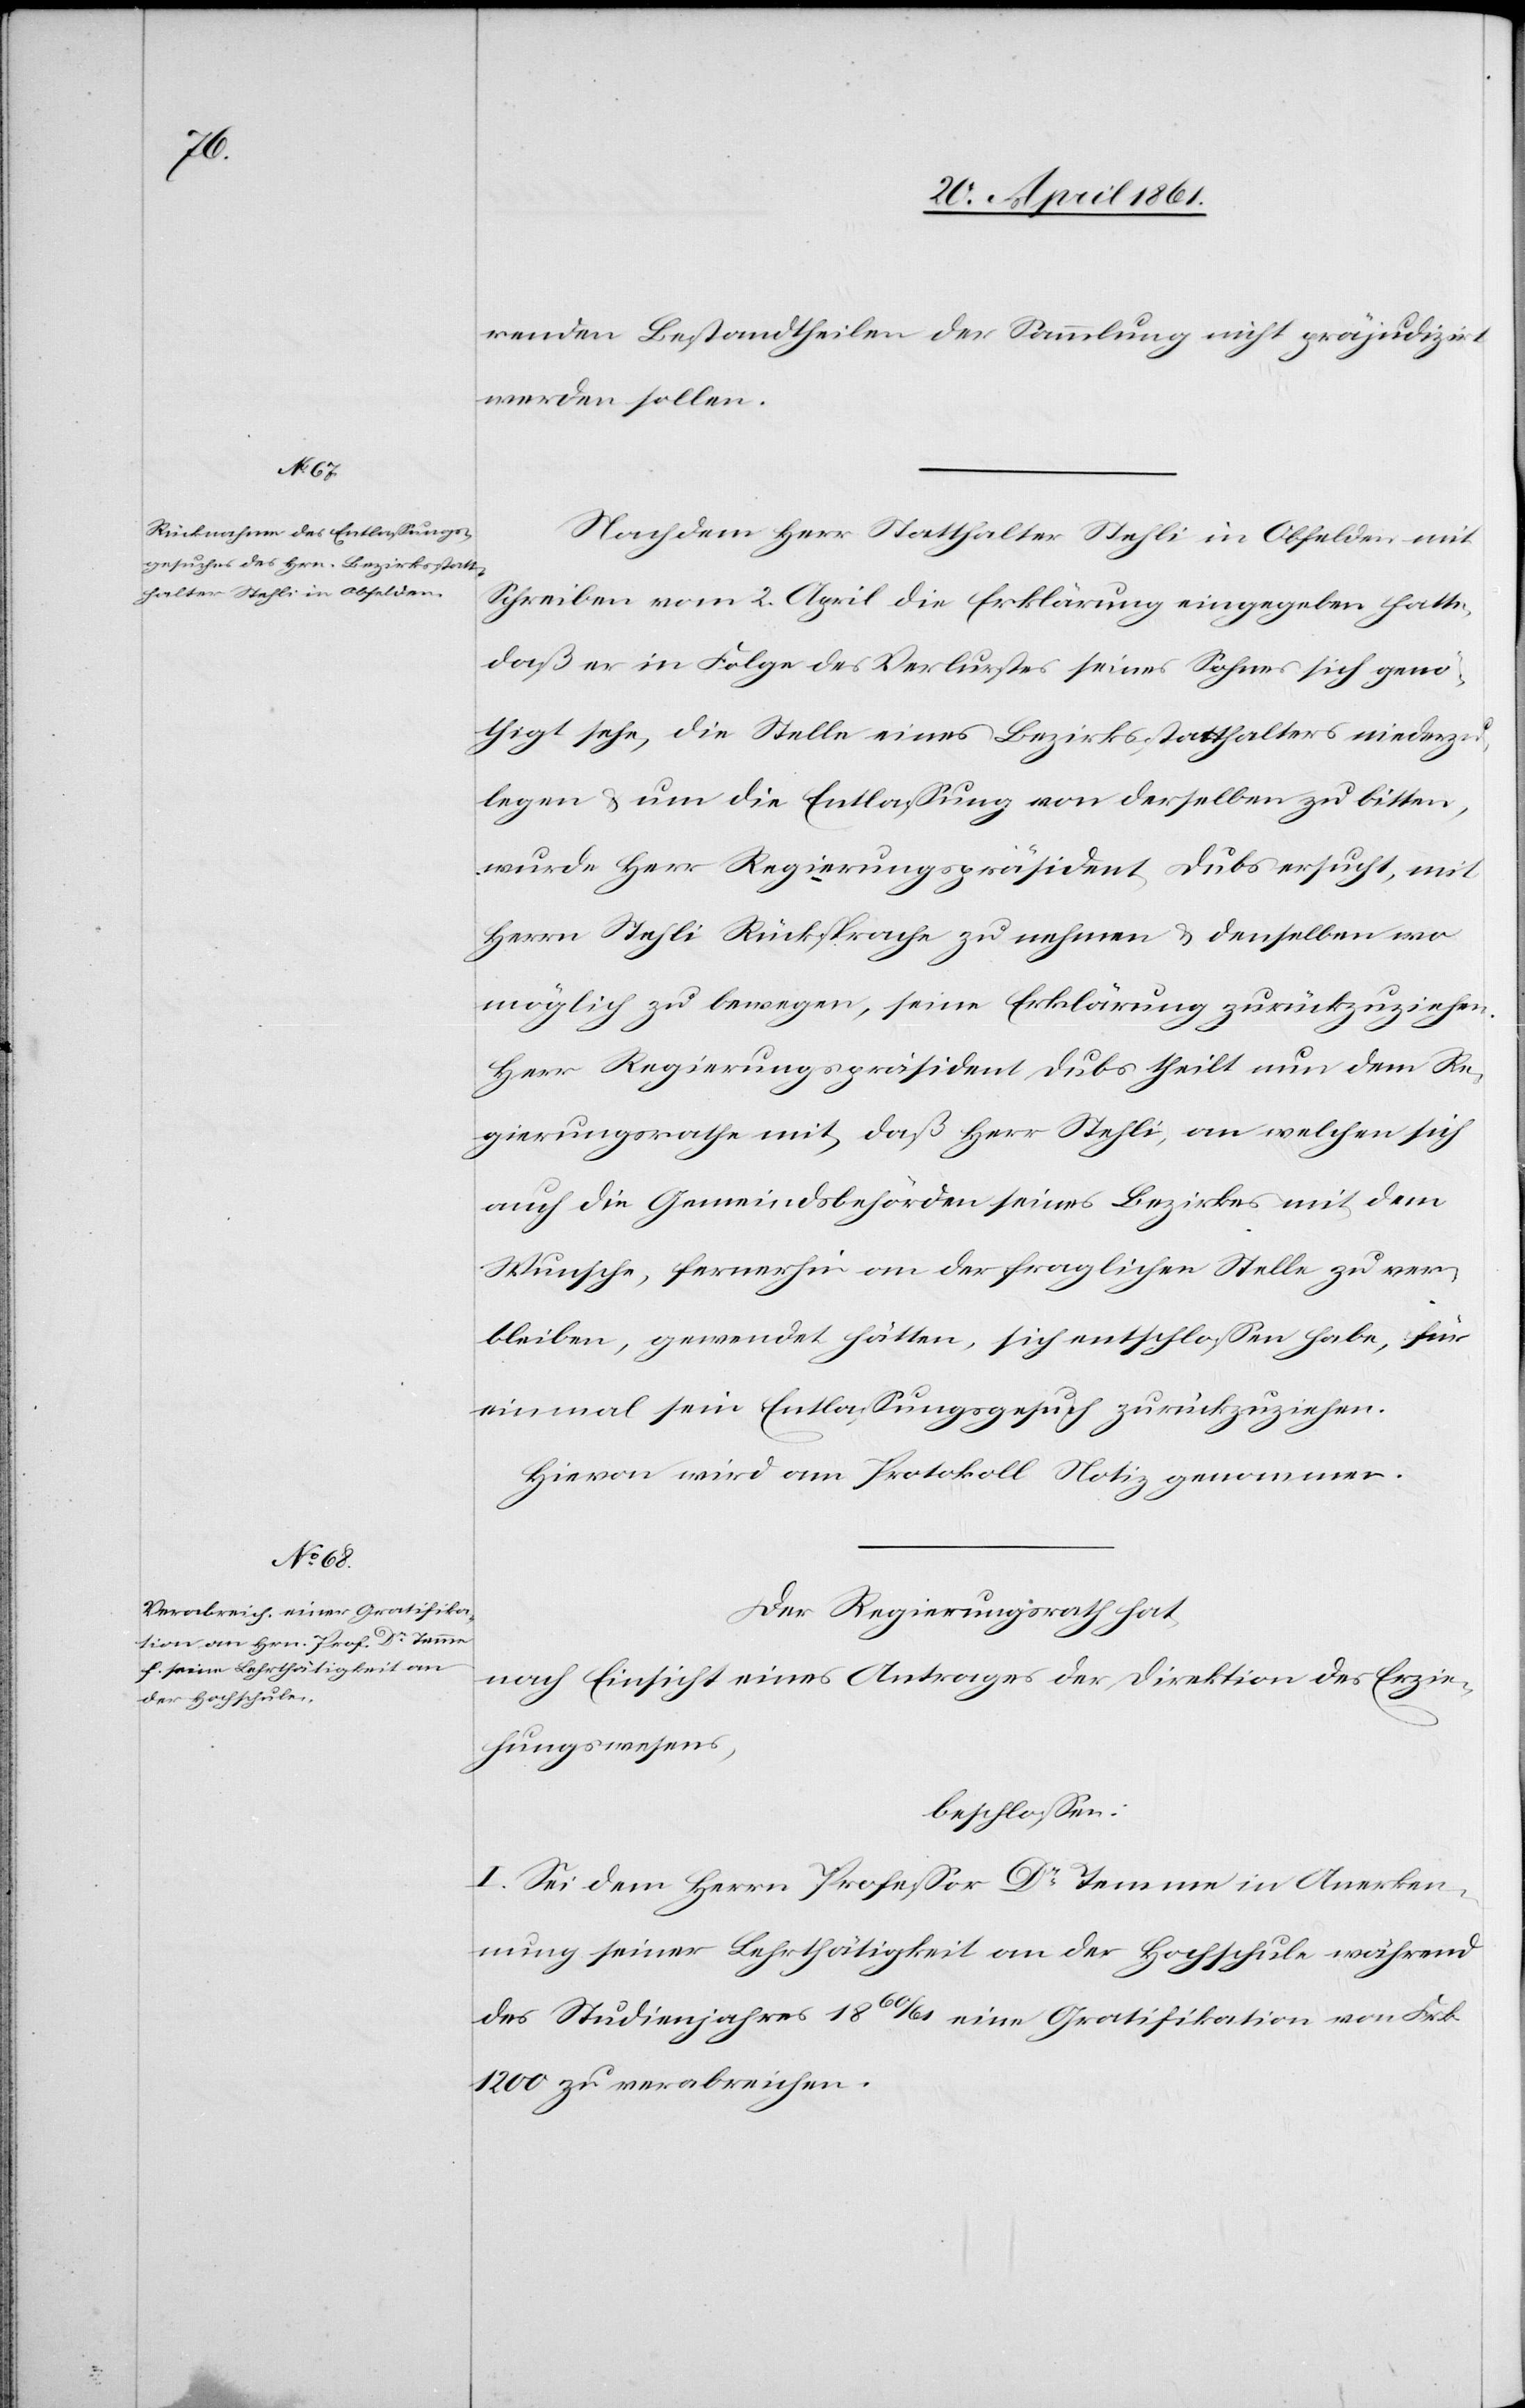
renden Bestandtheilen der Sammlung nicht präjudizirt
werden sollen.
Nachdem Herr Statthalter Stehli in Obfelden mit
Schreiben vom 2. April die Erklärung eingegeben hatte,
daß er in Folge des Verlustes seines Sohnes sich genö¬
thigt sehe, die Stelle eines Bezirksstatthalters niederzu¬
legen u. um die Entlassung von derselben zu bitten,
wurde Herr Regierungspräsident Dubs ersucht, mit
Herrn Stehli Rücksprache zu nehmen u. denselben wo
möglich zu bewegen, seine Erklärung zurückzuziehen.
Herr Regierungspräsident Dubs theilt nun dem Re¬
gierungsrathe mit, daß Herr Stehli, an welchen sich
auch die Gemeindsbehörden seines Bezirkes mit dem
Wunsche, fernerhin an der fraglichen Stelle zu ver¬
bleiben, gewendet hätten, sich entschlossen habe, für
einmal sein Entlassungsgesuch zurückzuziehen.
Hievon wird am Protokoll Notiz genommen.
Der Regierungsrath hat,
nach Einsicht eines Antrages der Direktion des Erzie¬
hungswesens,
beschlossen:
I. Sei Dem Herrn Professor Dr. Temme in Anerken¬
nung seiner Lehrthätigkeit an der Hochschule während
des Studienjahres 1860/61 eine Gratifikation von Frk.
1200 zu verabreichen.